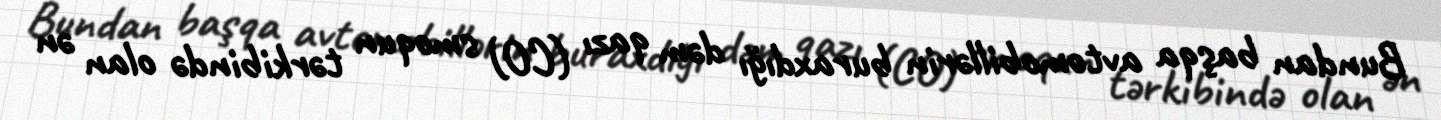
Bundan başqa avtomobillərin buraxdığı dəm qazı (CO) smoqun tərkibində olan ən